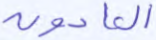
العادون